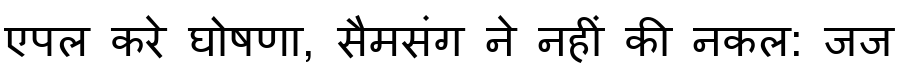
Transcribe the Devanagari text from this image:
एपल करे घोषणा, सैमसंग ने नहीं की नकल: जज